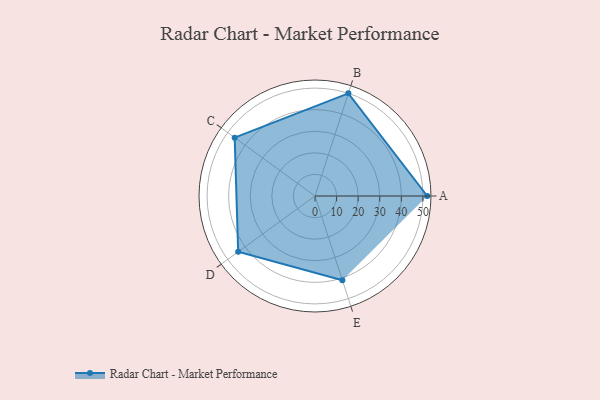
{"axis": {"x": "Skill", "y": "Score"}, "legend": ["Profile"], "data": [{"x": "A", "y": 52.0, "type": "Profile"}, {"x": "B", "y": 50.0, "type": "Profile"}, {"x": "C", "y": 46.0, "type": "Profile"}, {"x": "D", "y": 44.0, "type": "Profile"}, {"x": "E", "y": 41.0, "type": "Profile"}]}